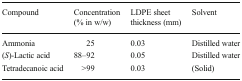
| Compound | Concentration (% in w/w) | LDPE sheet thickness (mm) | Solvent |
 | --- | --- | --- | --- |
 | Ammonia | 25 | 0.03 | Distilled water |
 | (S)-Lactic acid | 88–92 | 0.05 | Distilled water |
 | Tetradecanoic acid | >99 | 0.03 | (Solid) |